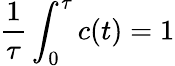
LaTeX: \frac{1}{\tau}\int_{0}^{\tau}c(t)=1